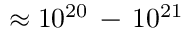
\approx 1 0 ^ { 2 0 } \, - \, 1 0 ^ { 2 1 }